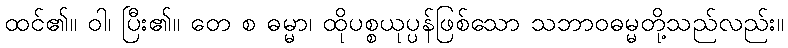
ထင်၏။ ဝါ၊ ပြီး၏။ တေ စ ဓမ္မာ၊ ထိုပစ္စယုပ္ပန်ဖြစ်သော သဘာဝဓမ္မတို့သည်လည်း။